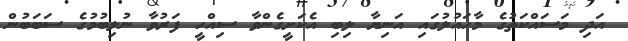
އަދި މަސައްކަތުގެ މާހައުލުގައި އަނިޔާ ލިބި އެކަށީގެންވާ ސިއްހީ ފަރުވާ ނުލިބުމުގެ ސަބަބުން